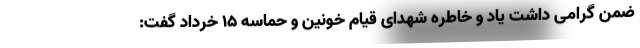
ضمن گرامی داشت یاد و خاطره شهدای قیام خونین و حماسه ۱۵ خرداد گفت: